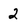
Character: 2